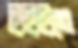
ইইইতে